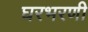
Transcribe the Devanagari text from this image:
घरभरणी